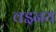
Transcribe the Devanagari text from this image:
वइनय